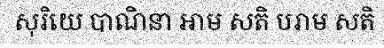
សុរិយេ បាណិនា ឤម សតិ បរាម សតិ